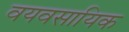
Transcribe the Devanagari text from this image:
वयवसायिक